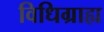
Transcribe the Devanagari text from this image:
विधिग्राह्य